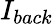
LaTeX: I_{back}